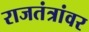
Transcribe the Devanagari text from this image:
राजतंत्रांवर